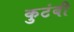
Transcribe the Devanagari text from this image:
कुटंबी